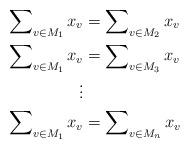
LaTeX: \begin{align*}\sum\nolimits_{v \in M_1} x_v &= \sum\nolimits_{v \in M_2} x_v\\\sum\nolimits_{v \in M_1} x_v &= \sum\nolimits_{v \in M_3} x_v\\\vdots \\\sum\nolimits_{v \in M_1} x_v &= \sum\nolimits_{v \in M_n} x_v\end{align*}